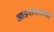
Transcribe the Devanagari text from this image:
आडनावाआधी